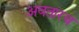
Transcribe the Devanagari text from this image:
अवतारच